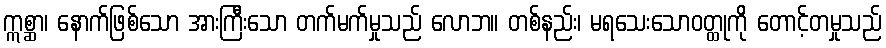
ဣစ္ဆာ၊ နောက်ဖြစ်သော အားကြီးသော တက်မက်မှုသည် လောဘ။ တစ်နည်း၊ မရသေးသောဝတ္ထုကို တောင့်တမှုသည်